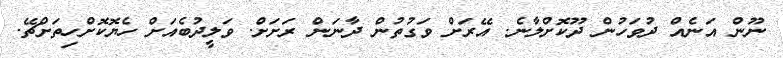
ނޫން އަނެއް ދުވަހުން ދޫކޮށްލާނެ. އޭރަށް ވަގުތުން ދާނަން ރަށަށް. ވަލީދުބެއަށް ހެޔޮކޮށްހިތަށްޗޭ.